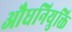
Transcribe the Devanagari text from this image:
औधनियुक्ति